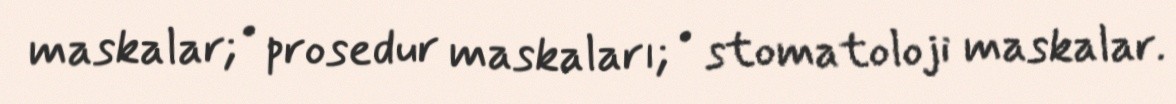
maskalar; • prosedur maskaları; • stomatoloji maskalar.